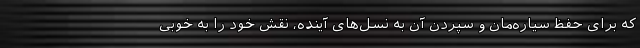
که برای حفظ سیاره‌مان و سپردن آن به نسل‌های آینده، نقش خود را به خوبی